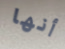
أنها